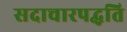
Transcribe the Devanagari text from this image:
सदाचारपद्धति